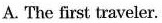
A. The first traveler.